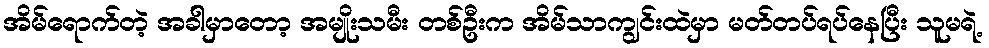
အိမ်ရောက်တဲ့ အခါမှာတော့ အမျိုးသမီး တစ်ဦးက အိမ်သာကျွင်းထဲမှာ မတ်တပ်ရပ်နေပြီး သူမရဲ့